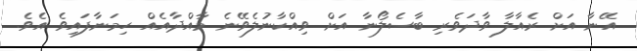
އޭނާ އަށް ރެއާލާ ވާދަވެރި ބާސެލޯނާ އަށް ވިއްކާނުލެވޭނެ މާއްދާއެއް ހިމަނާފައިވެ އެވެ.